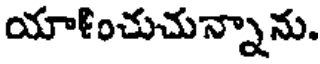
యాళించుచున్నాను.